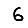
Digit: 6